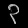
Digit: ၃